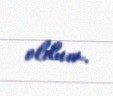
oldum.